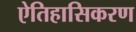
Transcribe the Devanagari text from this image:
ऐतिहासिकरण